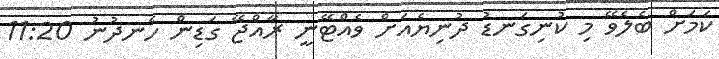
ކަމަށް ބެލެވޭ މި ކުނިގަނޑު ދުނިޔެއަށް ވެއްޓޭނީ ރާއްޖޭ ގަޑިން ހެނދުނު 11:20